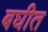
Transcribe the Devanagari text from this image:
बघीत